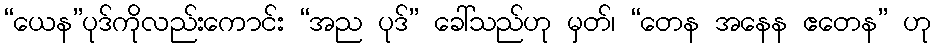
“ယေန”ပုဒ်ကိုလည်းကောင်း “အည ပုဒ်” ခေါ်သည်ဟု မှတ်၊ “တေန အနေန ဧတေန” ဟု